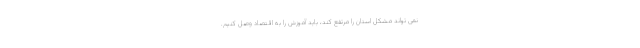
نمی تواند مشکل استان را مرتفع کند، باید آموزش را به اقتصاد وصل کنیم.